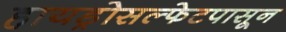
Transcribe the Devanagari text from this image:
हायड्रोसल्फेटपासून